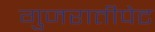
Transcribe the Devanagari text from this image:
गुजरातीपेट